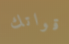
قواتك